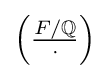
\left({\tfrac {F/\mathbb {Q} }{\cdot }}\right)